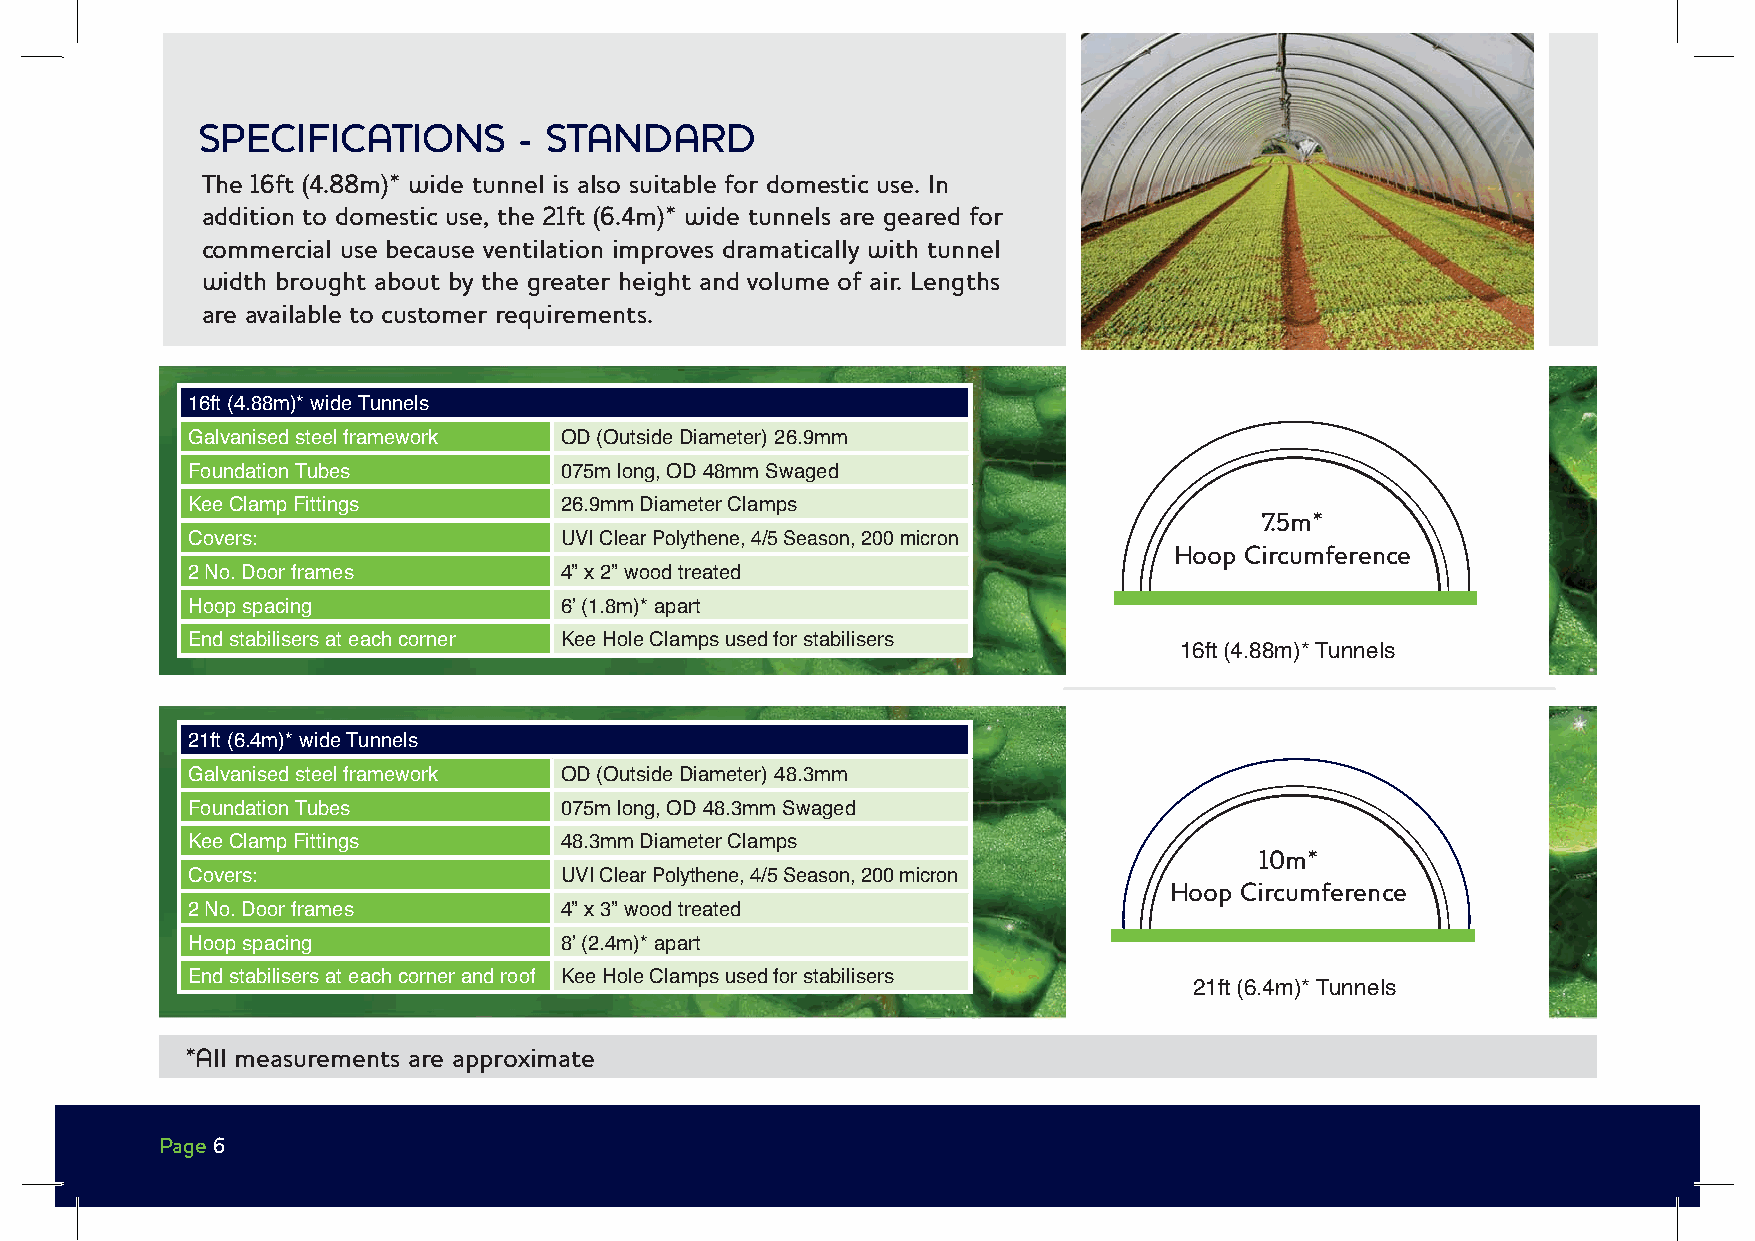
SPECIFICATIONS       - STANDARD
 The 16ft (4.88m)* wide tunnel is also suitable for domestic use. In
 addition to domestic use, the 21ft (6.4m)* wide tunnels are geared for
 commercial use because ventilation improves dramatically with tunnel
 width brought about by the greater height and volume of air. Lengths
 are available to customer requirements.
 16ft (4.88m)* wide Tunnels
 Galvanised steel framework OD (Outside Diameter) 26.9mm
 Foundation Tubes         075m long, OD 48mm Swaged
 Kee Clamp Fittings       26.9mm Diameter Clamps
 7.5m*
 Covers:                  UVI Clear Polythene, 4/5 Season, 200 micron
 Hoop Circumference
 2 No. Door frames        4” x 2” wood treated
 Hoop spacing             6ʼ (1.8m)* apart
 End stabilisers at each corner Kee Hole Clamps used for stabilisers
 16ft (4.88m)* Tunnels
 21ft (6.4m)* wide Tunnels
 Galvanised steel framework OD (Outside Diameter) 48.3mm
 Foundation Tubes         075m long, OD 48.3mm Swaged
 Kee Clamp Fittings       48.3mm Diameter Clamps
 10m*
 Covers:                  UVI Clear Polythene, 4/5 Season, 200 micron
 Hoop Circumference
 2 No. Door frames        4” x 3” wood treated
 Hoop spacing             8ʼ (2.4m)* apart
 End stabilisers at each corner and roof Kee Hole Clamps used for stabilisers
 21ft (6.4m)* Tunnels
 *All measurements are approximate
 Page 6